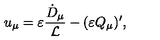
u _ { \mu } = \varepsilon \frac { \dot { D } _ { \mu } } { { \cal L } } - ( \varepsilon Q _ { \mu } ) ^ { \prime } ,